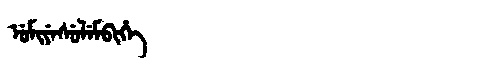
Manchu: ᡠᠮᡳᠶᡝᠰᡠᠯᡝᠮᠪᡳᡥᡝ
Romanization: UMIYESULEMBIHE